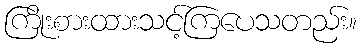
ကြိုးစားထားသင့်ကြပေသတည်း။